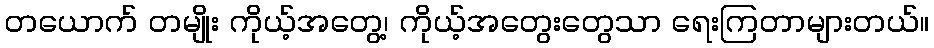
တယောက် တမျိုး ကိုယ့်အတွေ့၊ ကိုယ့်အတွေးတွေသာ ရေးကြတာများတယ်။